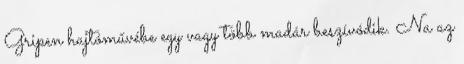
Gripen hajtóművébe egy vagy több madár beszívódik. Na az